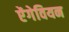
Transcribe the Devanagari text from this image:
ऐंगेवियन